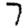
Digit: 7